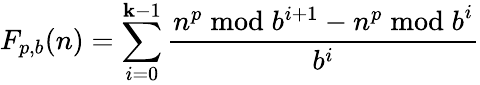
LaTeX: F_{p,b}(n)=\sum_{i=0}^{\mathbf{k}-1}{\frac{{n^{p}{\bmod{b^{i+1}}}-n^{p}{\bmod{b}}^{i}}}{{b^{i}}}}